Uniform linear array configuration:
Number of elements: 16
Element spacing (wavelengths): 0.75
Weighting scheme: blackman
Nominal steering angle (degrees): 45
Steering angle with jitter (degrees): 43.94
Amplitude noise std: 0.05
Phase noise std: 0.05

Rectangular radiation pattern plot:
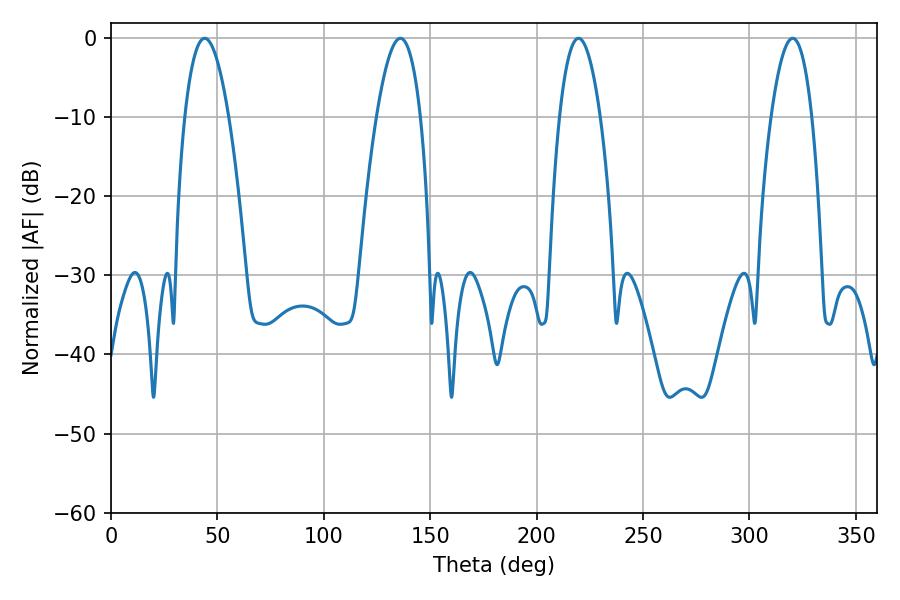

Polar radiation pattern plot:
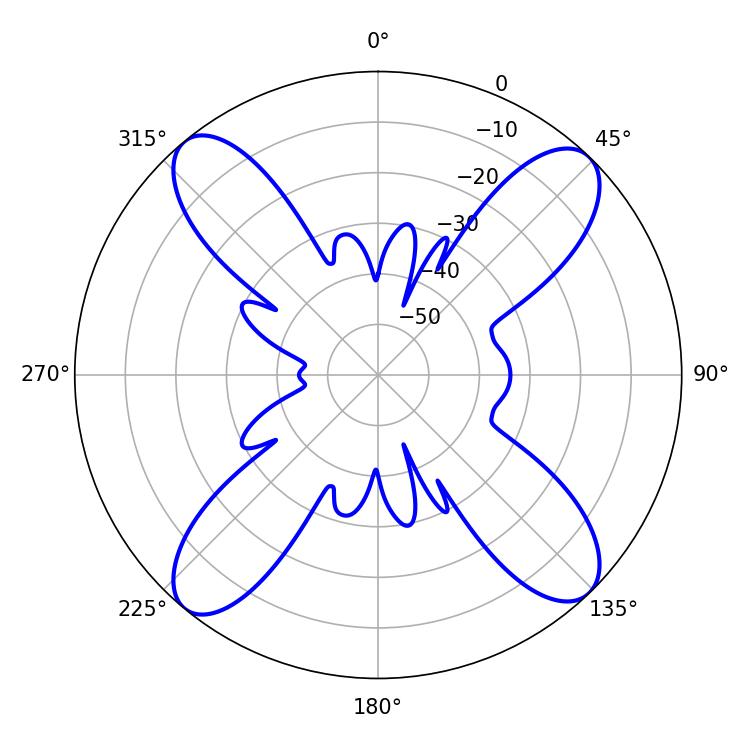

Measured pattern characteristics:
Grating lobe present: TRUE
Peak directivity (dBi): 16.561
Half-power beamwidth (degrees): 10.62
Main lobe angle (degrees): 219.6